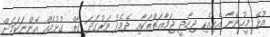
އުޅޭ މީހުންނާ އެކިއެކި ޖިހާދީ ޖަމާޢަތްތަކާއި ދެމެދު ވަރުގަދަ ގާތް ގުޅުމެއް އޮންނަކަމަށް